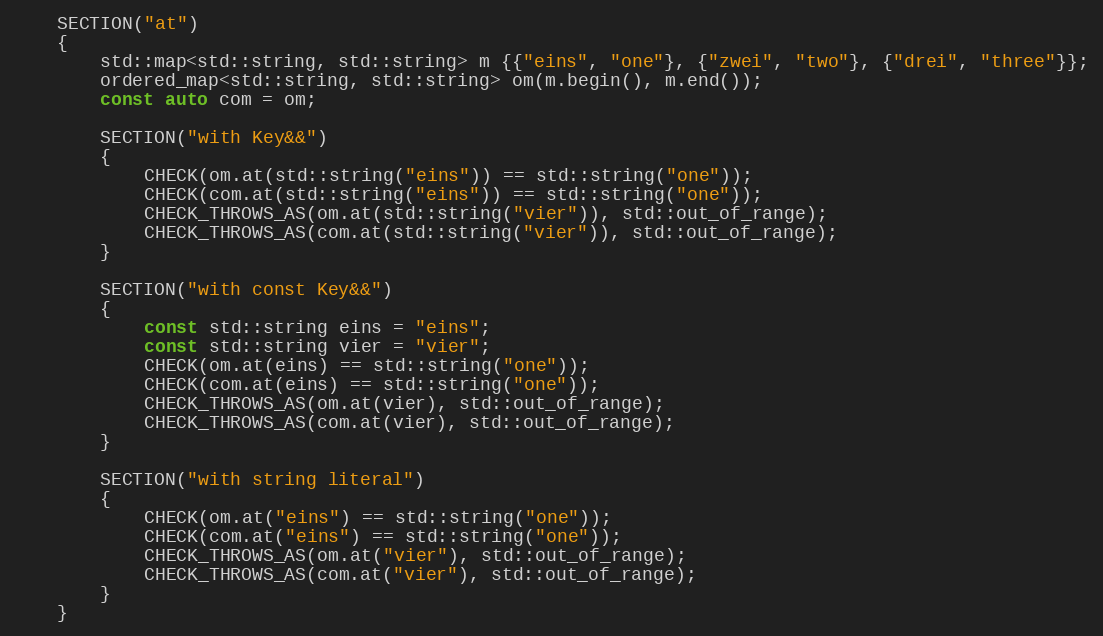
Language: C++
    SECTION("at")
    {
        std::map<std::string, std::string> m {{"eins", "one"}, {"zwei", "two"}, {"drei", "three"}};
        ordered_map<std::string, std::string> om(m.begin(), m.end());
        const auto com = om;

        SECTION("with Key&&")
        {
            CHECK(om.at(std::string("eins")) == std::string("one"));
            CHECK(com.at(std::string("eins")) == std::string("one"));
            CHECK_THROWS_AS(om.at(std::string("vier")), std::out_of_range);
            CHECK_THROWS_AS(com.at(std::string("vier")), std::out_of_range);
        }

        SECTION("with const Key&&")
        {
            const std::string eins = "eins";
            const std::string vier = "vier";
            CHECK(om.at(eins) == std::string("one"));
            CHECK(com.at(eins) == std::string("one"));
            CHECK_THROWS_AS(om.at(vier), std::out_of_range);
            CHECK_THROWS_AS(com.at(vier), std::out_of_range);
        }

        SECTION("with string literal")
        {
            CHECK(om.at("eins") == std::string("one"));
            CHECK(com.at("eins") == std::string("one"));
            CHECK_THROWS_AS(om.at("vier"), std::out_of_range);
            CHECK_THROWS_AS(com.at("vier"), std::out_of_range);
        }
    }